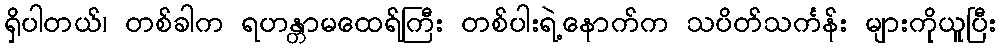
ရှိပါတယ်၊ တစ်ခါက ရဟန္တာမထေရ်ကြီး တစ်ပါးရဲ့နောက်က သပိတ်သင်္ကန်း များကိုယူပြီး